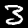
Digit: 3